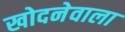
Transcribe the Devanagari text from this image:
खोदनेवाला